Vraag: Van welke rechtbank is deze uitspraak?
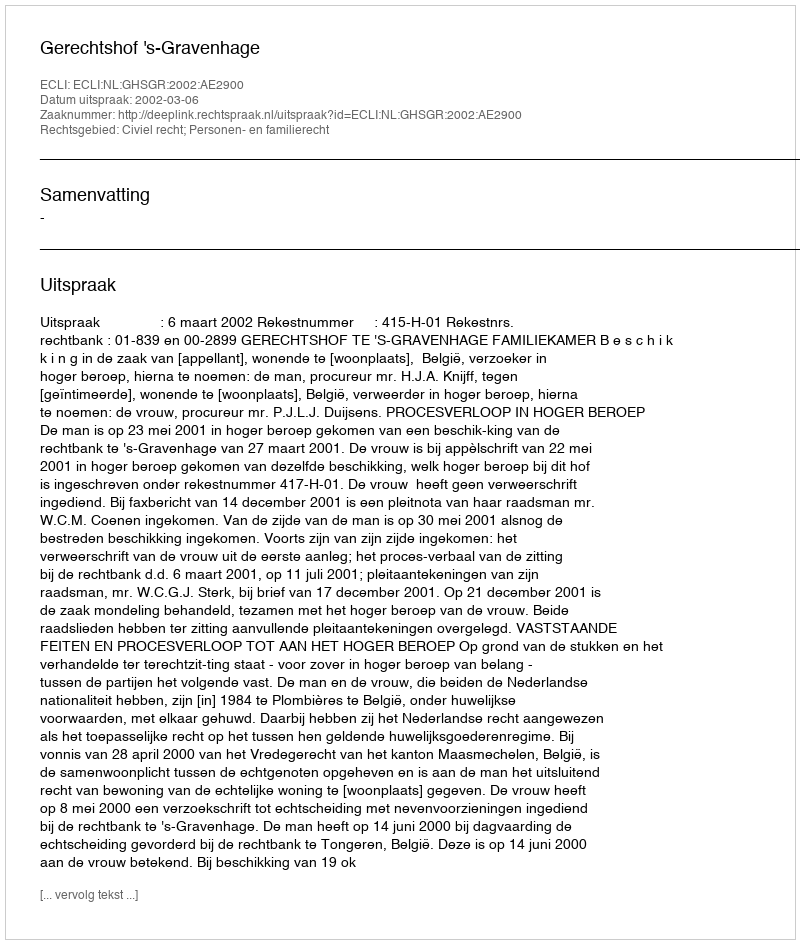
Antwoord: Gerechtshof 's-Gravenhage